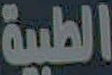
الطبية